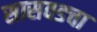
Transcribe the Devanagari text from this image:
सासवडचा